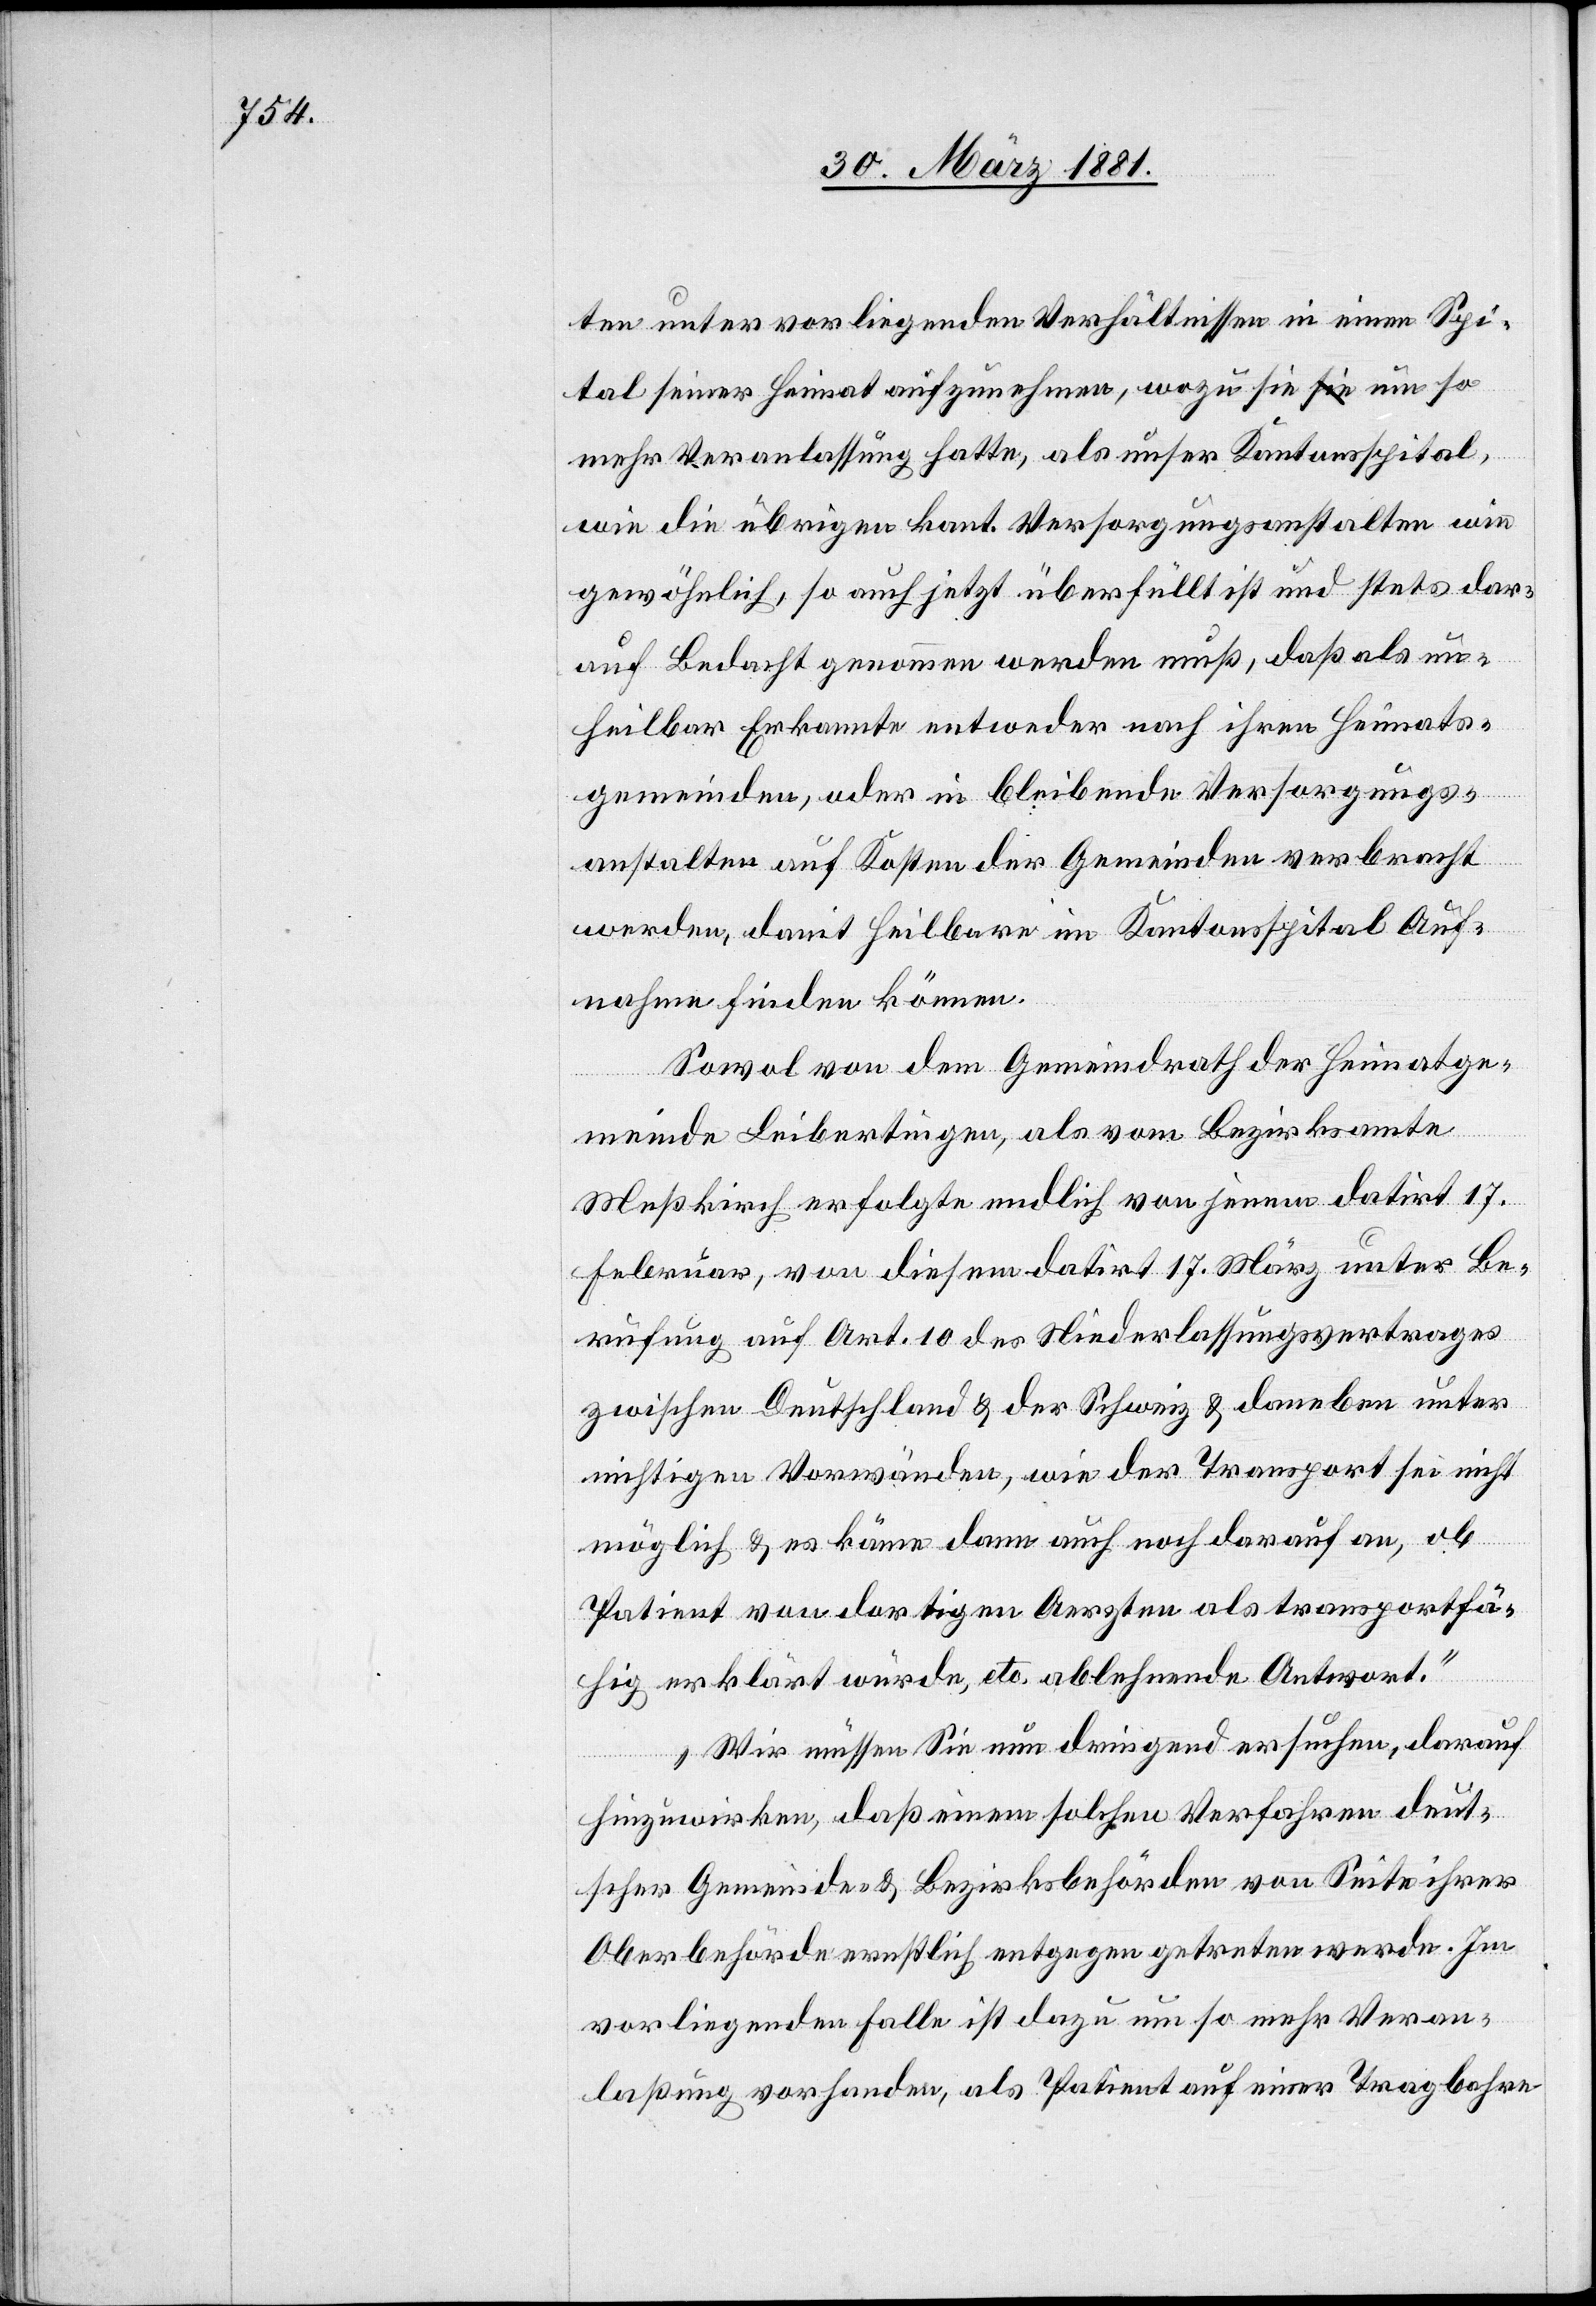
ten unter vorliegenden Verhältnissen in einen Spi¬
tal seiner Heimat aufnehmen, wozu sie um so
mehr Veranlassung hatte, als unser Kantonsspital,
wie die übrigen kant. Versorgungsanstalten wie
gewöhnlich, so auch jetzt überfüllt ist und stets dar¬
auf Bedacht genommen werden muß, daß als un¬
heilbar Erkannte entweder nach ihren Heimats¬
gemeinden, oder in bleibende Versorgungs¬
anstalten auf Kosten der Gemeinden verbracht
werden, damit Heilbare im Kantonsspital Auf¬
nahme finden können.
Sowol von dem Gemeindrath der Heimatge¬
meinde Leibertingen, als vom Bezirksamte
Meßkirch erfolgte endlich von jenem datirt 17.
Februar, von diesem datirt 17. März unter Be¬
rufung auf Art. 10 des Niederlassungsvertrages
zwischen Deutschland & der Schweiz & daneben unter
nichtigen Vorwänden, wie der Transport sei nicht
Patient von dortigen Aerzten als transportfä¬
hig erklärt würde, etc. ablehnende Antwort.
Wir müssen Sie nun dringend ersuchen, darauf
hinzuwirken, daß einem solchen Verfahren deut¬
scher Gemeinde- & Bezirksbehörden von Seite ihrer
Oberbehörde ernstlich entgegen getreten werden. Im
vorliegenden Falle ist dazu um so mehr Veran¬
laßung vorhanden, als Patient auf einer Tragbahre